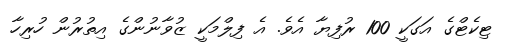
ޓިކެޓްގެ އަގަކީ 100 ރުފިޔާ އެވެ. އެ ފިލްމަކީ ޒުވާނުންގެ އިތުރުން ހުރިހާ